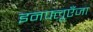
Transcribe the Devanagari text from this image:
इनफ्लूएँजा